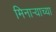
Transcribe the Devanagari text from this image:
मिनार्‍याच्या